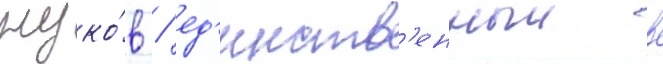
жуко́в / ед'инств'енныи в